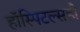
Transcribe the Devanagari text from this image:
हॉस्पिटल्सही